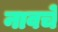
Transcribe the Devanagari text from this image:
नावचे